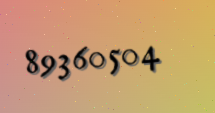
89360504